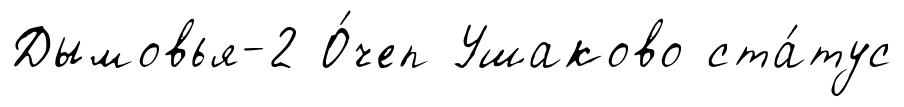
Дымовья-2 О́чеп Ушаково ста́тус